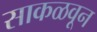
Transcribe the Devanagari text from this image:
साकळवून